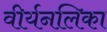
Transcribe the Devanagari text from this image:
वीर्यनलिका